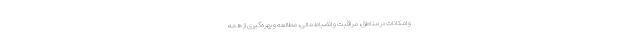
و امکانات در مناطق، مراقبت و انضباط مالی، مطالعه و بهره‌گیری از همه